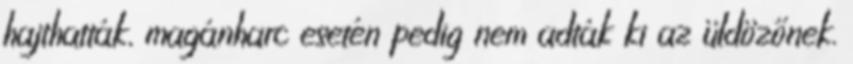
hajthatták, magánharc esetén pedig nem adták ki az üldözőnek.